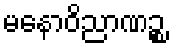
မနောဝိညာဏဉ္စ